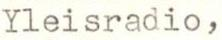
Yleisradio,